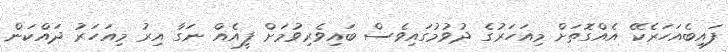
ފައިބެއަހަރެކޭ އެއްގޮތަށް މިއަހަރުގެ ދުވުމުގައިވެސް ބައިވެރިވުމަށް ފީއެއް ނަގާ އިރު މިއަހަރު ދައްކަން